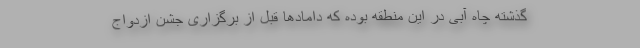
گذشته چاه آبی در این منطقه بوده که دامادها قبل از برگزاری جشن ازدواج